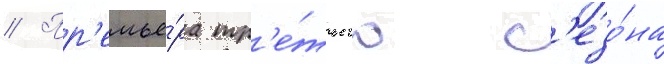
// Пр'емье́ра тр'е́тьего с'езо́на